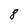
Character: 8